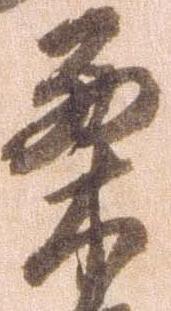
栗